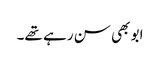
ابو بھی سن رہے تھے۔